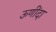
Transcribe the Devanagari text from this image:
ऊणींदा